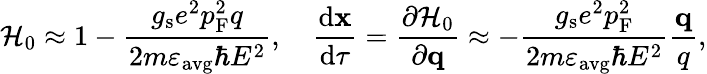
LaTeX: \mathcal{H}_{0}\approx 1-\frac{g_{\mathrm{s}}e^{2}p_{\mathrm{F}}^{2}q}{2m\varepsilon_{\mathrm{avg}}\hbar E^{2}},\quad\frac{\mathrm{d}\mathbf{x}}{\mathrm{d}\tau}=\frac{\partial\mathcal{H}_{0}}{\partial\mathbf{q}}\approx-\frac{g_{\mathrm{s}}e^{2}p_{\mathrm{F}}^{2}}{2m\varepsilon_{\mathrm{avg}}\hbar E^{2}}\frac{\mathbf{q}}{q},